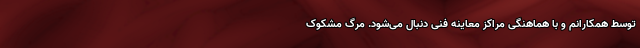
توسط همکارانم و با هماهنگی مراکز معاینه فنی دنبال می‌شود. مرگ مشکوک